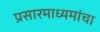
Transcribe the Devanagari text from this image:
प्रसारमाध्यमांचा